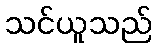
သင်ယူသည်